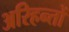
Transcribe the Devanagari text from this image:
अरिहन्तों